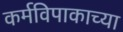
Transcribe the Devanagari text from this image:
कर्मविपाकाच्या